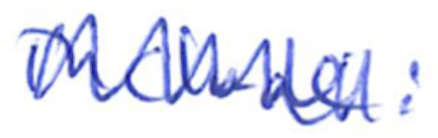
Text: include:
Cross-out: zig-zag
Writing tool: ballpoint